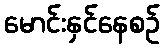
မောင်းနှင်နေစဉ်